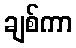
ချစ်ကာ